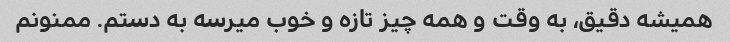
همیشه دقیق، به وقت و همه چیز تازه و خوب میرسه به دستم. ممنونم